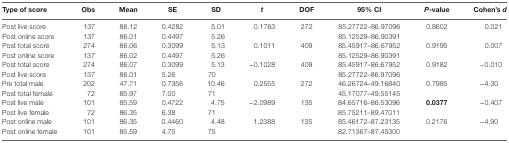
<table><thead><tr><td><b>Type of score</b></td><td><b>Obs</b></td><td><b>Mean</b></td><td><b>SE</b></td><td><b>SD</b></td><td><b><i>t</i></b></td><td><b>DOF</b></td><td><b>95% CI</b></td><td><b><i>P</i>-value</b></td><td><b>Cohen’s <i>d</i></b></td></tr></thead><tbody><tr><td>Post live score</td><td>137</td><td>86.12</td><td>0.4282</td><td>5.01</td><td rowspan="2">0.1763</td><td rowspan="2">272</td><td>85.27722–86.97096</td><td rowspan="2">0.8602</td><td rowspan="2">0.021</td></tr><tr><td>Post online score</td><td>137</td><td>86.01</td><td>0.4497</td><td>5.26</td><td>85.12529–86.90391</td></tr><tr><td>Post total score</td><td>274</td><td>86.06</td><td>0.3099</td><td>5.13</td><td rowspan="2">0.1011</td><td rowspan="2">409</td><td>85.45917–86.67952</td><td rowspan="2">0.9195</td><td rowspan="2">0.007</td></tr><tr><td>Post online score</td><td>137</td><td>86.02</td><td>0.4497</td><td>5.26</td><td>85.12529–86.90391</td></tr><tr><td>Post total score</td><td>274</td><td>86.07</td><td>0.3099</td><td>5.13</td><td rowspan="2">−0.1028</td><td rowspan="2">409</td><td>85.45917–86.67952</td><td rowspan="2">0.9182</td><td rowspan="2">−0.010</td></tr><tr><td>Post live score</td><td>137</td><td>86.01</td><td>5.26</td><td>70</td><td>85.27722–86.97096</td></tr><tr><td>Pre total male</td><td>202</td><td>47.71</td><td>0.7356</td><td>10.46</td><td rowspan="2">0.2555</td><td rowspan="2">272</td><td>46.26724–49.16840</td><td rowspan="2">0.7985</td><td rowspan="2">−4.30</td></tr><tr><td>Post total female</td><td>72</td><td>85.97</td><td>7.00</td><td>71</td><td>45.17077–49.55145</td></tr><tr><td>Post live male</td><td>101</td><td>85.59</td><td>0.4722</td><td>4.75</td><td rowspan="2">−2.0989</td><td rowspan="2">135</td><td>84.65716–86.53096</td><td rowspan="2"><b>0.0377</b></td><td rowspan="2">−0.407</td></tr><tr><td>Post live female</td><td>72</td><td>86.35</td><td>6.38</td><td>71</td><td>85.75211–89.47011</td></tr><tr><td>Post online male</td><td>101</td><td>86.35</td><td>0.4460</td><td>4.48</td><td rowspan="2">1.2388</td><td rowspan="2">135</td><td>85.46172–87.23135</td><td rowspan="2">0.2176</td><td rowspan="2">−4.90</td></tr><tr><td>Post online female</td><td>101</td><td>85.59</td><td>4.75</td><td>75</td><td>82.71367–87.45300</td></tr></tbody></table>